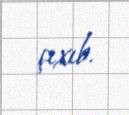
çıxıb.